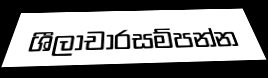
ශීලාචාරසම්පන්න